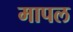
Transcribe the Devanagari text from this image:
मापल